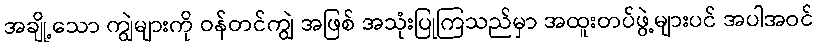
အချို့သော ကျွဲများကို ဝန်တင်ကျွဲ အဖြစ် အသုံးပြုကြသည်မှာ အထူးတပ်ဖွဲ့များပင် အပါအဝင်